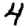
Digit: 4